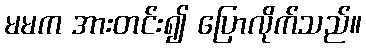
မမက အားတင်း၍ ပြောလိုက်သည်။